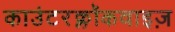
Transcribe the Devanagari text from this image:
काउंटरक्लॉकवाइज़